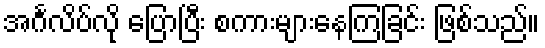
အင်္ဂလိပ်လို ပြောပြီး စကားများနေကြခြင်း ဖြစ်သည်။